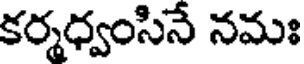
కర్మధ్వంసినే నమః